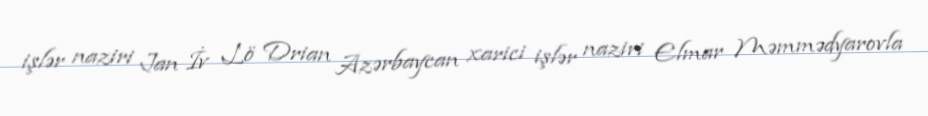
işlər naziri Jan İv Lö Drian Azərbaycan xarici işlər naziri Elmar Məmmədyarovla